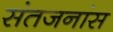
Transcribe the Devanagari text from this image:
संतजनांस